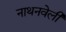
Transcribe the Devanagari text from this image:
नाथनवेली